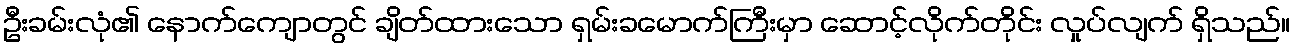
ဦးခမ်းလုံ၏ နောက်ကျောတွင် ချိတ်ထားသော ရှမ်းခမောက်ကြီးမှာ ဆောင့်လိုက်တိုင်း လှုပ်လျက် ရှိသည်။